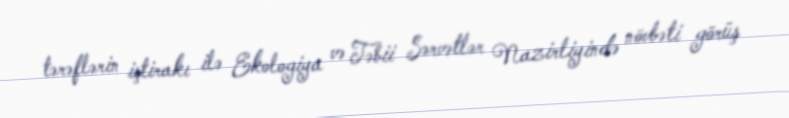
tərəflərin iştirakı ilə Ekologiya və Təbii Sərvətlər Nazirliyində növbəti görüş